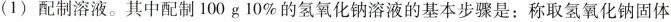
(1)配制溶液。其中配制100g 10\%的氢氧化钠溶液的基本步骤是：称取氢氧化钠固体